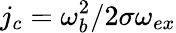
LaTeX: j_{c}=\omega_{b}^{2}/2\sigma\omega_{ex}